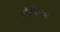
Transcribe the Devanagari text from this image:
वेर्श२००८